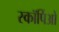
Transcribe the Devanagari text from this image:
स्कॉर्पिओ